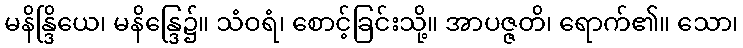
မနိန္ဒြိယေ၊ မနိန္ဒြေ၌။ သံဝရံ၊ စောင့်ခြင်းသို့။ အာပဇ္ဇတိ၊ ရောက်၏။ သော၊